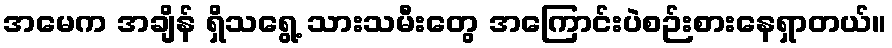
အမေက အချိန် ရှိသရွေ့ သားသမီးတွေ အကြောင်းပဲစဉ်းစားနေရှာတယ်။